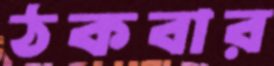
ঠকবার